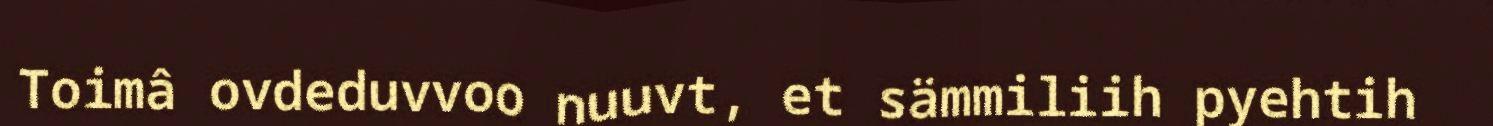
Toimâ ovdeduvvoo nuuvt, et sämmiliih pyehtih